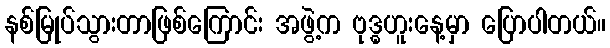
နစ်မြုပ်သွားတာဖြစ်ကြောင်း အဖွဲ့က ဗုဒ္ဓဟူးနေ့မှာ ပြောပါတယ်။